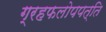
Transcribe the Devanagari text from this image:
ग्रहफलोपपत्ति